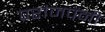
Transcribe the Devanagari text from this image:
परांजपेंनी